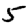
Digit: 5